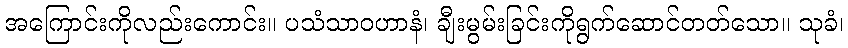
အကြောင်းကိုလည်းကောင်း။ ပသံသာဝဟာနံ၊ ချီးမွမ်းခြင်းကိုရွက်ဆောင်တတ်သော။ သုခံ၊